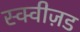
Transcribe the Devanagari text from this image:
स्क्वीज़ड